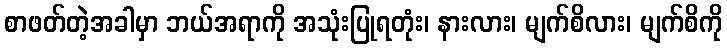
စာဖတ်တဲ့အခါမှာ ဘယ်အရာကို အသုံးပြုရတုံး၊ နားလား၊ မျက်စိလား၊ မျက်စိကို